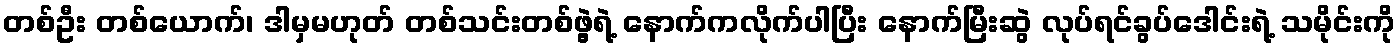
တစ်ဦး တစ်ယောက်၊ ဒါမှမဟုတ် တစ်သင်းတစ်ဖွဲ့ရဲ့ နောက်ကလိုက်ပါပြီး နောက်မြီးဆွဲ လုပ်ရင်ခွပ်ဒေါင်းရဲ့ သမိုင်းကို